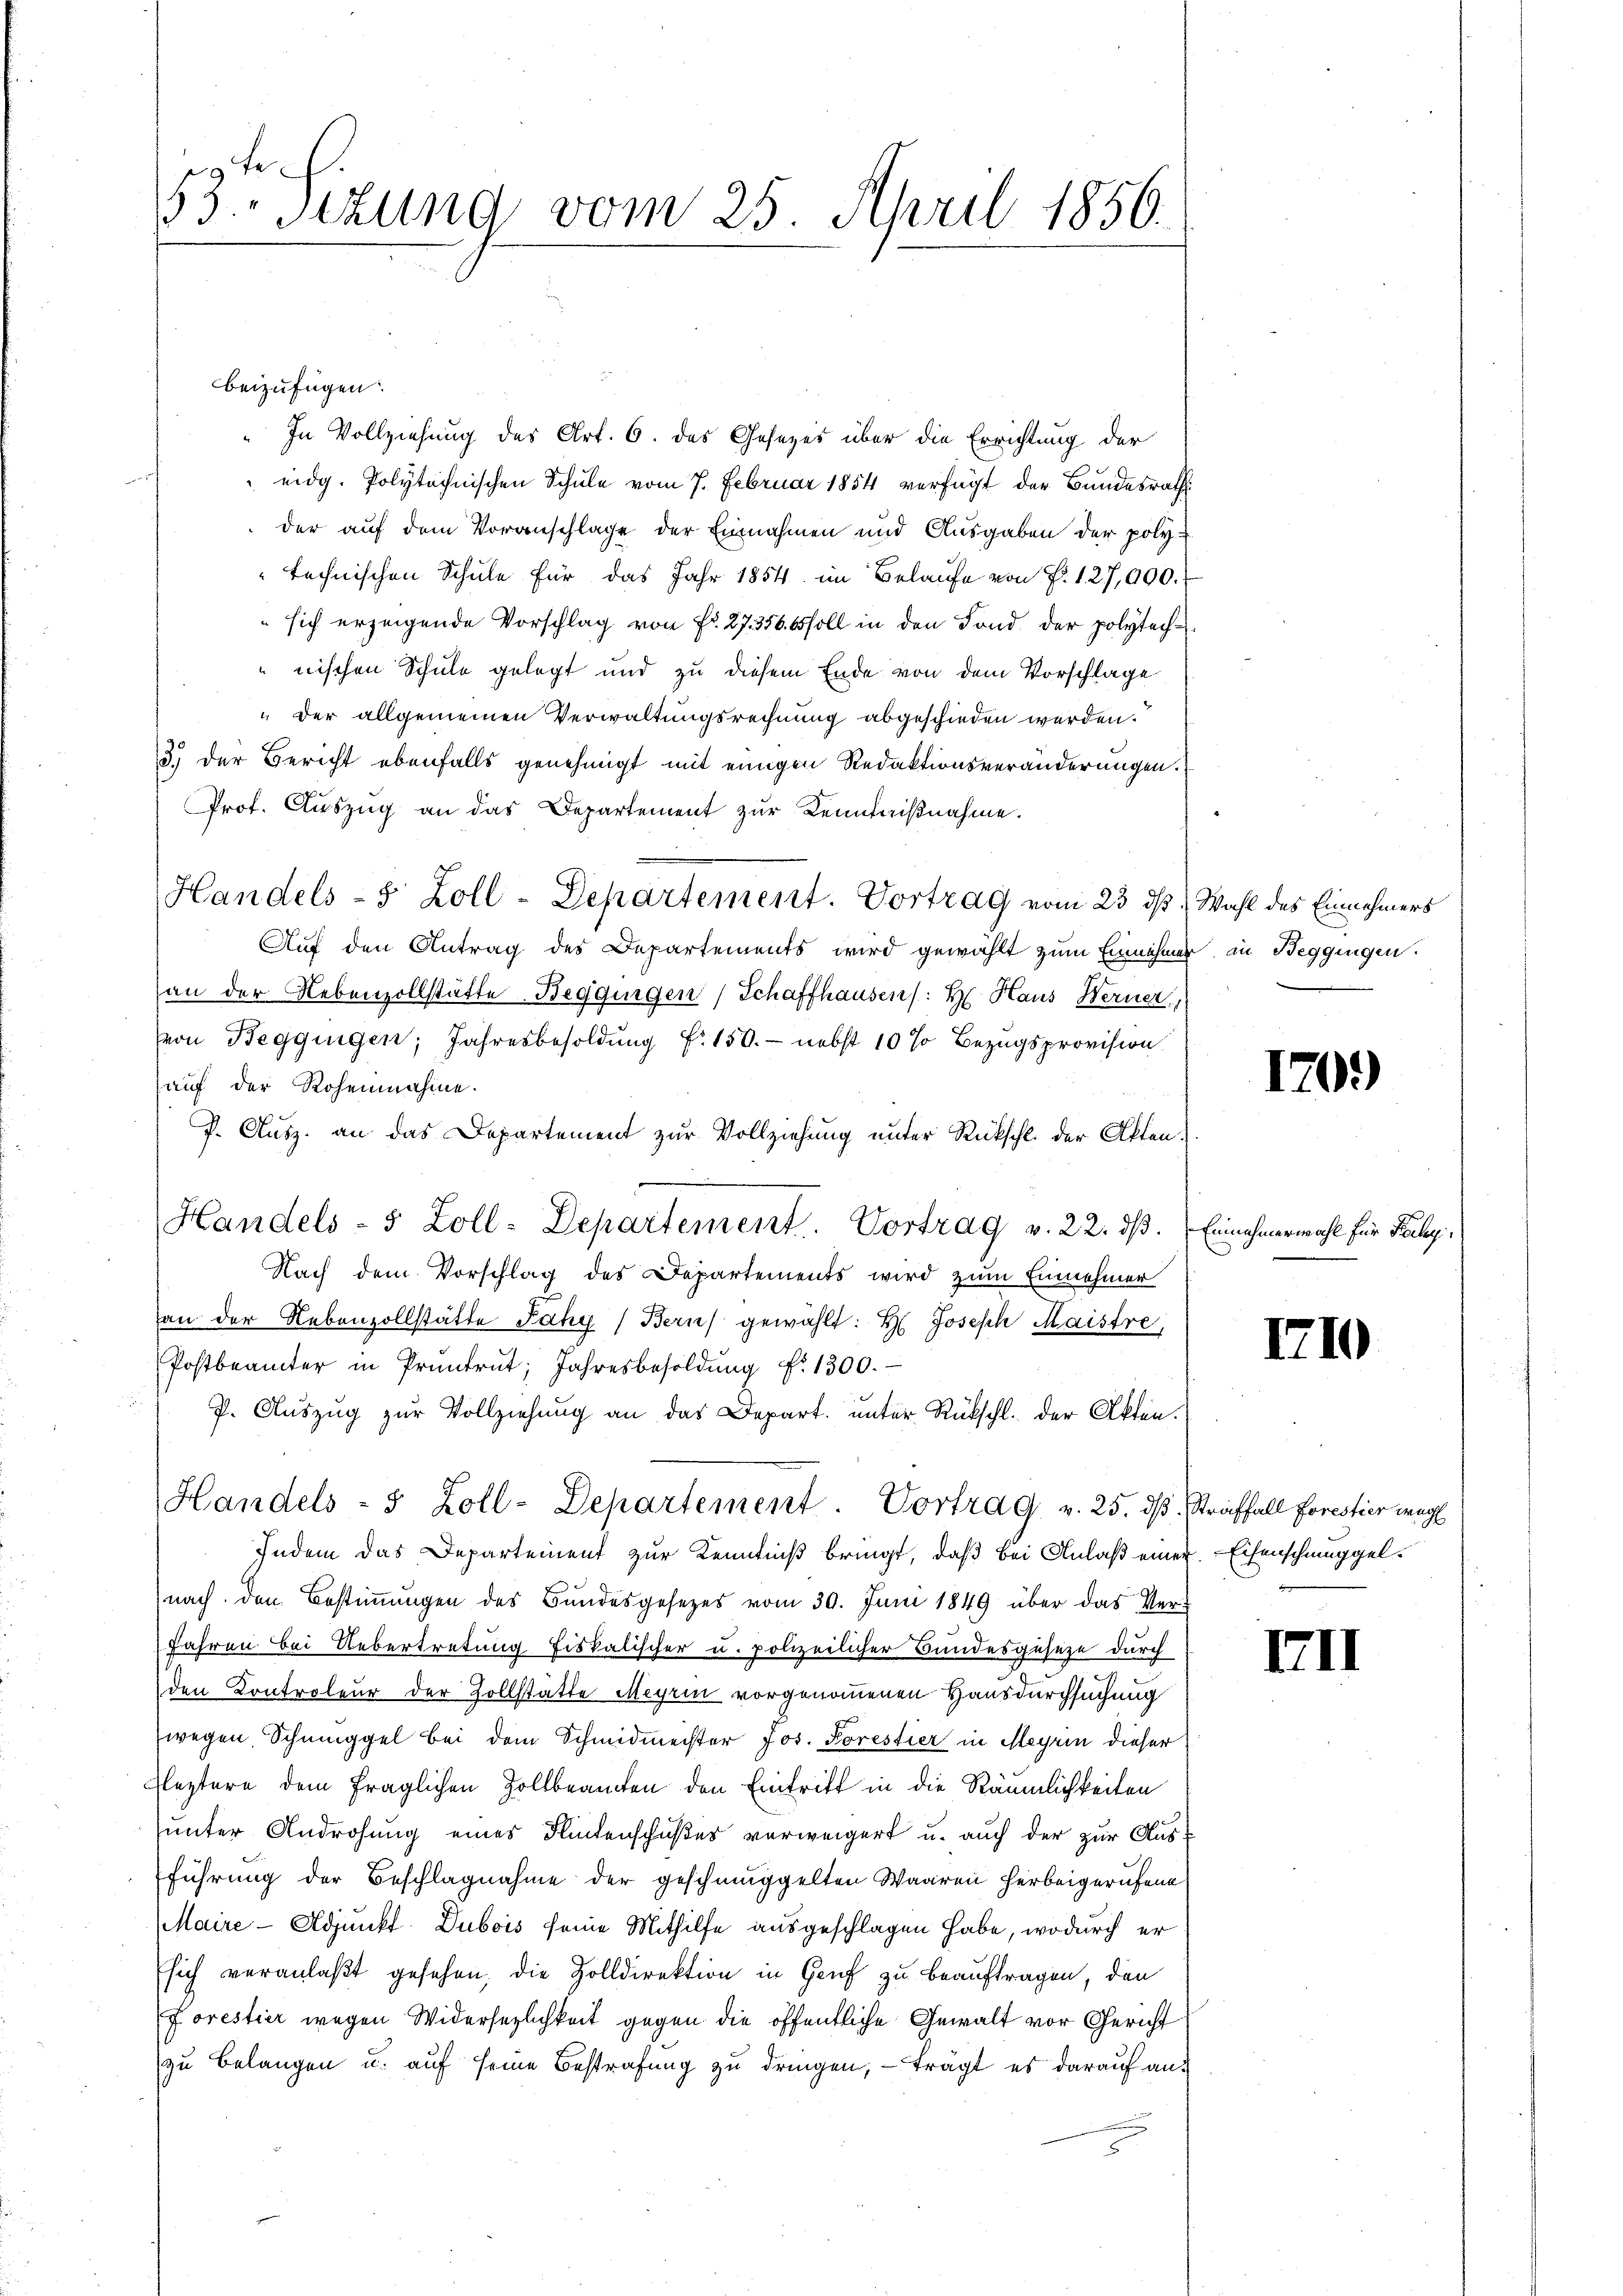
e
53.Stzung vom 25. April 1856.

beizufügen.
In Vollziehung des Art. 6. des Gesezes über die Errichtung der
 eidg. Polytechnischen Schule vom 7. Februar 1854 verfügt der Bundesrath
der auf dem Voranschlage der Einnahmen und Ausgaben der poly-
technischen Schule für das Jahr 1854 im Belaufe von P. 127,000.
sich erzeigende Vorschlag von Fr. 27. 356 soll in den Fond der polytechnischen Schule gelegt und zu diesem Ende von dem Vorschlage
„der allgemeinen Verwaltungsrechnung abgeschieden werden.
3.) der Bericht ebenfalls genehmigt mit einigen Redaktionsveränderungen.
Prof. Auszug an das Departement zur Kenntnißnahme.
Handels- 5 Zoll-Departement. Vortrag vom 23. ds. Wahl des Einnehmers
Auf den Antrag des Departements wird gewählt zum Einnehmer in Beggingen.
an der Nebenzollstätte Beggingen / Schaffhausen /: H: Haus Werner
von Beggingen, Jahresbesoldŭng f. 150.- nebst 10 % Bezugsprovision.
auf der Rohennahme.
P. Ausz. an das Departement zur Vollziehung unter Rückschl. der Akten
Handels- 5 Zoll-Departement Vortrag v. 22. ds.
Nach dem Vorschlag des Departements wird zum Einnehmer
an der Nebenzollstätte Fahy (Bern gewählt: H. Joseph Maistre,
Postbeamter in Pruntrut Jahresbesoldŭng f. 1300.
P. Auszug zur Vollziehung an das Depart. unter Rückschl. der Akten.
Handels- 5 Zoll-Departement. Vortrag v. 25. dβ. Straffall forestier weg
Indem das Departement zur Kenntniß bringt, daß bei Anlaß einer Eisenschmuggelnach den Bestimmungen des Bundesgesezes vom 30. Juni 1849 über das Verfahren bei Uebertretung fiskalischer u. polizeilicher Bundesgeseze durch
den Controleur der Zollstätte Meyrin vorgenommenen Hausdurchsuchung
wegen Schmuggel bei dem Schmidmeister Jos. Forestier in Meyrin dieser
Fleztere dem fraglichen Zollbeamten den Eintritt in die Räumlichkeiten
unter Androhung eines Flintenschußes verweigert u. auch der zur Ausführung der Beschlagnahme der geschmuggelten Waaren herbeigerufene
Maire-Adjunkt Dubois seine Mithilfe ausgeschlagen habe, wodurch er
Esich veranlaßt gesehen, die Zolldirektion in Genf zu beauftragen, den
Forestier wegen Widersezlichkeit gegen die öffentliche Gewalt vor Gericht
zu belangen u. auf seine Bestrafung zu dringen, – trägt es darauf aus

170)

Einnahmerwahl für Pachy

1710

IIII